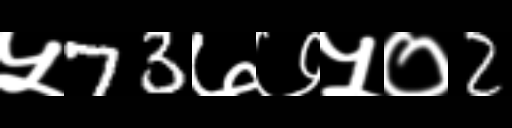
Text: ५73७७५०2